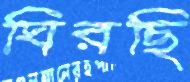
ঘিরছি